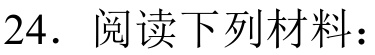
24. 阅读下列材料：